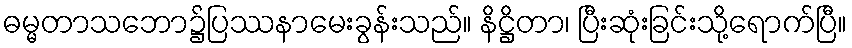
ဓမ္မတာသဘော၌ပြဿနာမေးခွန်းသည်။ နိဋ္ဌိတာ၊ ပြီးဆုံးခြင်းသို့ရောက်ပြီ။